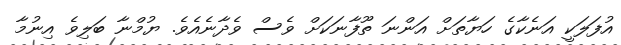
އުފަލަކީ އަނެކާގެ ހަޔާތަށް އަންނަ ތޫފާނަކަށް ވެސް ވެދާނެއެވެ. ޔުމްނާ ބަލިވެ އިނުމާ